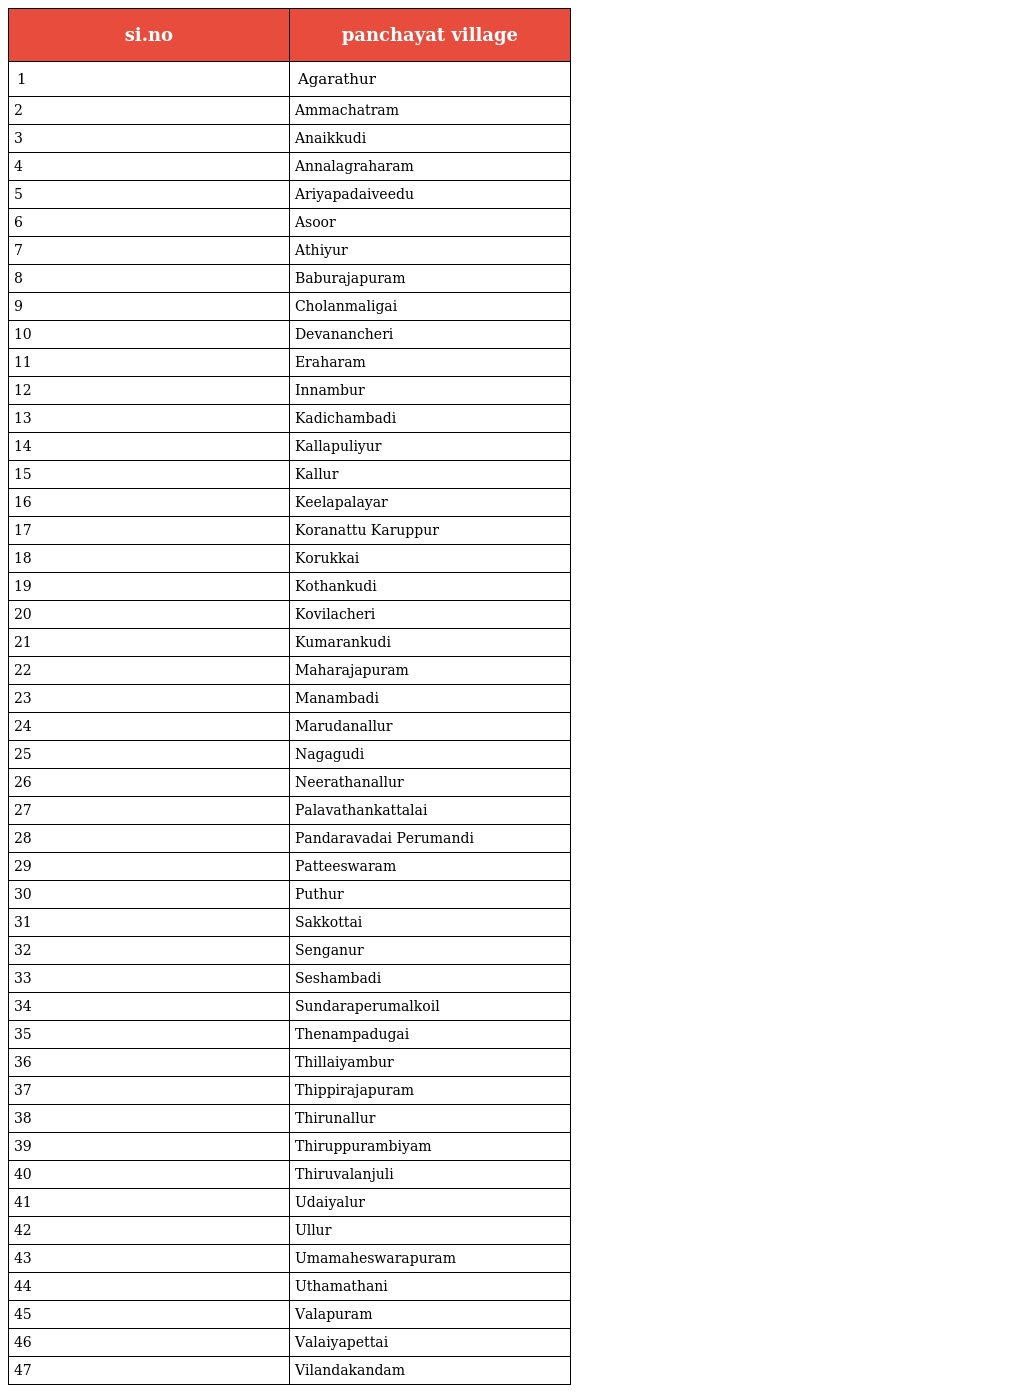
| si.no | panchayat village |
 | --- | --- |
 | 1 | Agarathur |
 | 2 | Ammachatram |
 | 3 | Anaikkudi |
 | 4 | Annalagraharam |
 | 5 | Ariyapadaiveedu |
 | 6 | Asoor |
 | 7 | Athiyur |
 | 8 | Baburajapuram |
 | 9 | Cholanmaligai |
 | 10 | Devanancheri |
 | 11 | Eraharam |
 | 12 | Innambur |
 | 13 | Kadichambadi |
 | 14 | Kallapuliyur |
 | 15 | Kallur |
 | 16 | Keelapalayar |
 | 17 | Koranattu Karuppur |
 | 18 | Korukkai |
 | 19 | Kothankudi |
 | 20 | Kovilacheri |
 | 21 | Kumarankudi |
 | 22 | Maharajapuram |
 | 23 | Manambadi |
 | 24 | Marudanallur |
 | 25 | Nagagudi |
 | 26 | Neerathanallur |
 | 27 | Palavathankattalai |
 | 28 | Pandaravadai Perumandi |
 | 29 | Patteeswaram |
 | 30 | Puthur |
 | 31 | Sakkottai |
 | 32 | Senganur |
 | 33 | Seshambadi |
 | 34 | Sundaraperumalkoil |
 | 35 | Thenampadugai |
 | 36 | Thillaiyambur |
 | 37 | Thippirajapuram |
 | 38 | Thirunallur |
 | 39 | Thiruppurambiyam |
 | 40 | Thiruvalanjuli |
 | 41 | Udaiyalur |
 | 42 | Ullur |
 | 43 | Umamaheswarapuram |
 | 44 | Uthamathani |
 | 45 | Valapuram |
 | 46 | Valaiyapettai |
 | 47 | Vilandakandam |